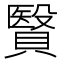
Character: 贀